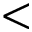
<